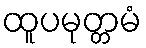
ထူပမုတ္တမံ